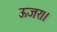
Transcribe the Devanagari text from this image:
ऊजर।।